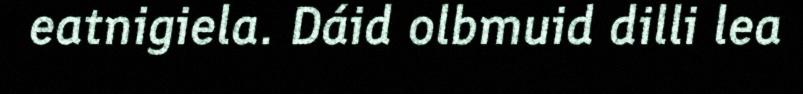
eatnigiela. Dáid olbmuid dilli lea